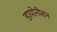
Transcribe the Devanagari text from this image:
डायोनीसन